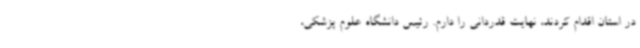
در استان اقدام کردند، نهایت قدردانی را دارم. رئیس دانشگاه علوم پزشکی،